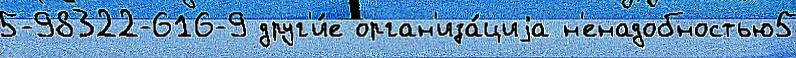
5-98322-616-9 друг'и́е орган'иза́циjа н'енадобностью5